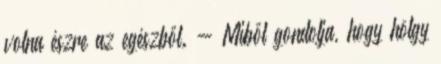
volna észre az egészből. - Miből gondolja, hogy hölgy